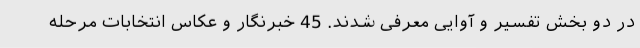
در دو بخش تفسیر و آوایی معرفی شدند. 45 خبرنگار و عکاس انتخابات مرحله